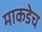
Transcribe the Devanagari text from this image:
माकडेच